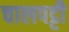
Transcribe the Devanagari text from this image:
चालपट्टी